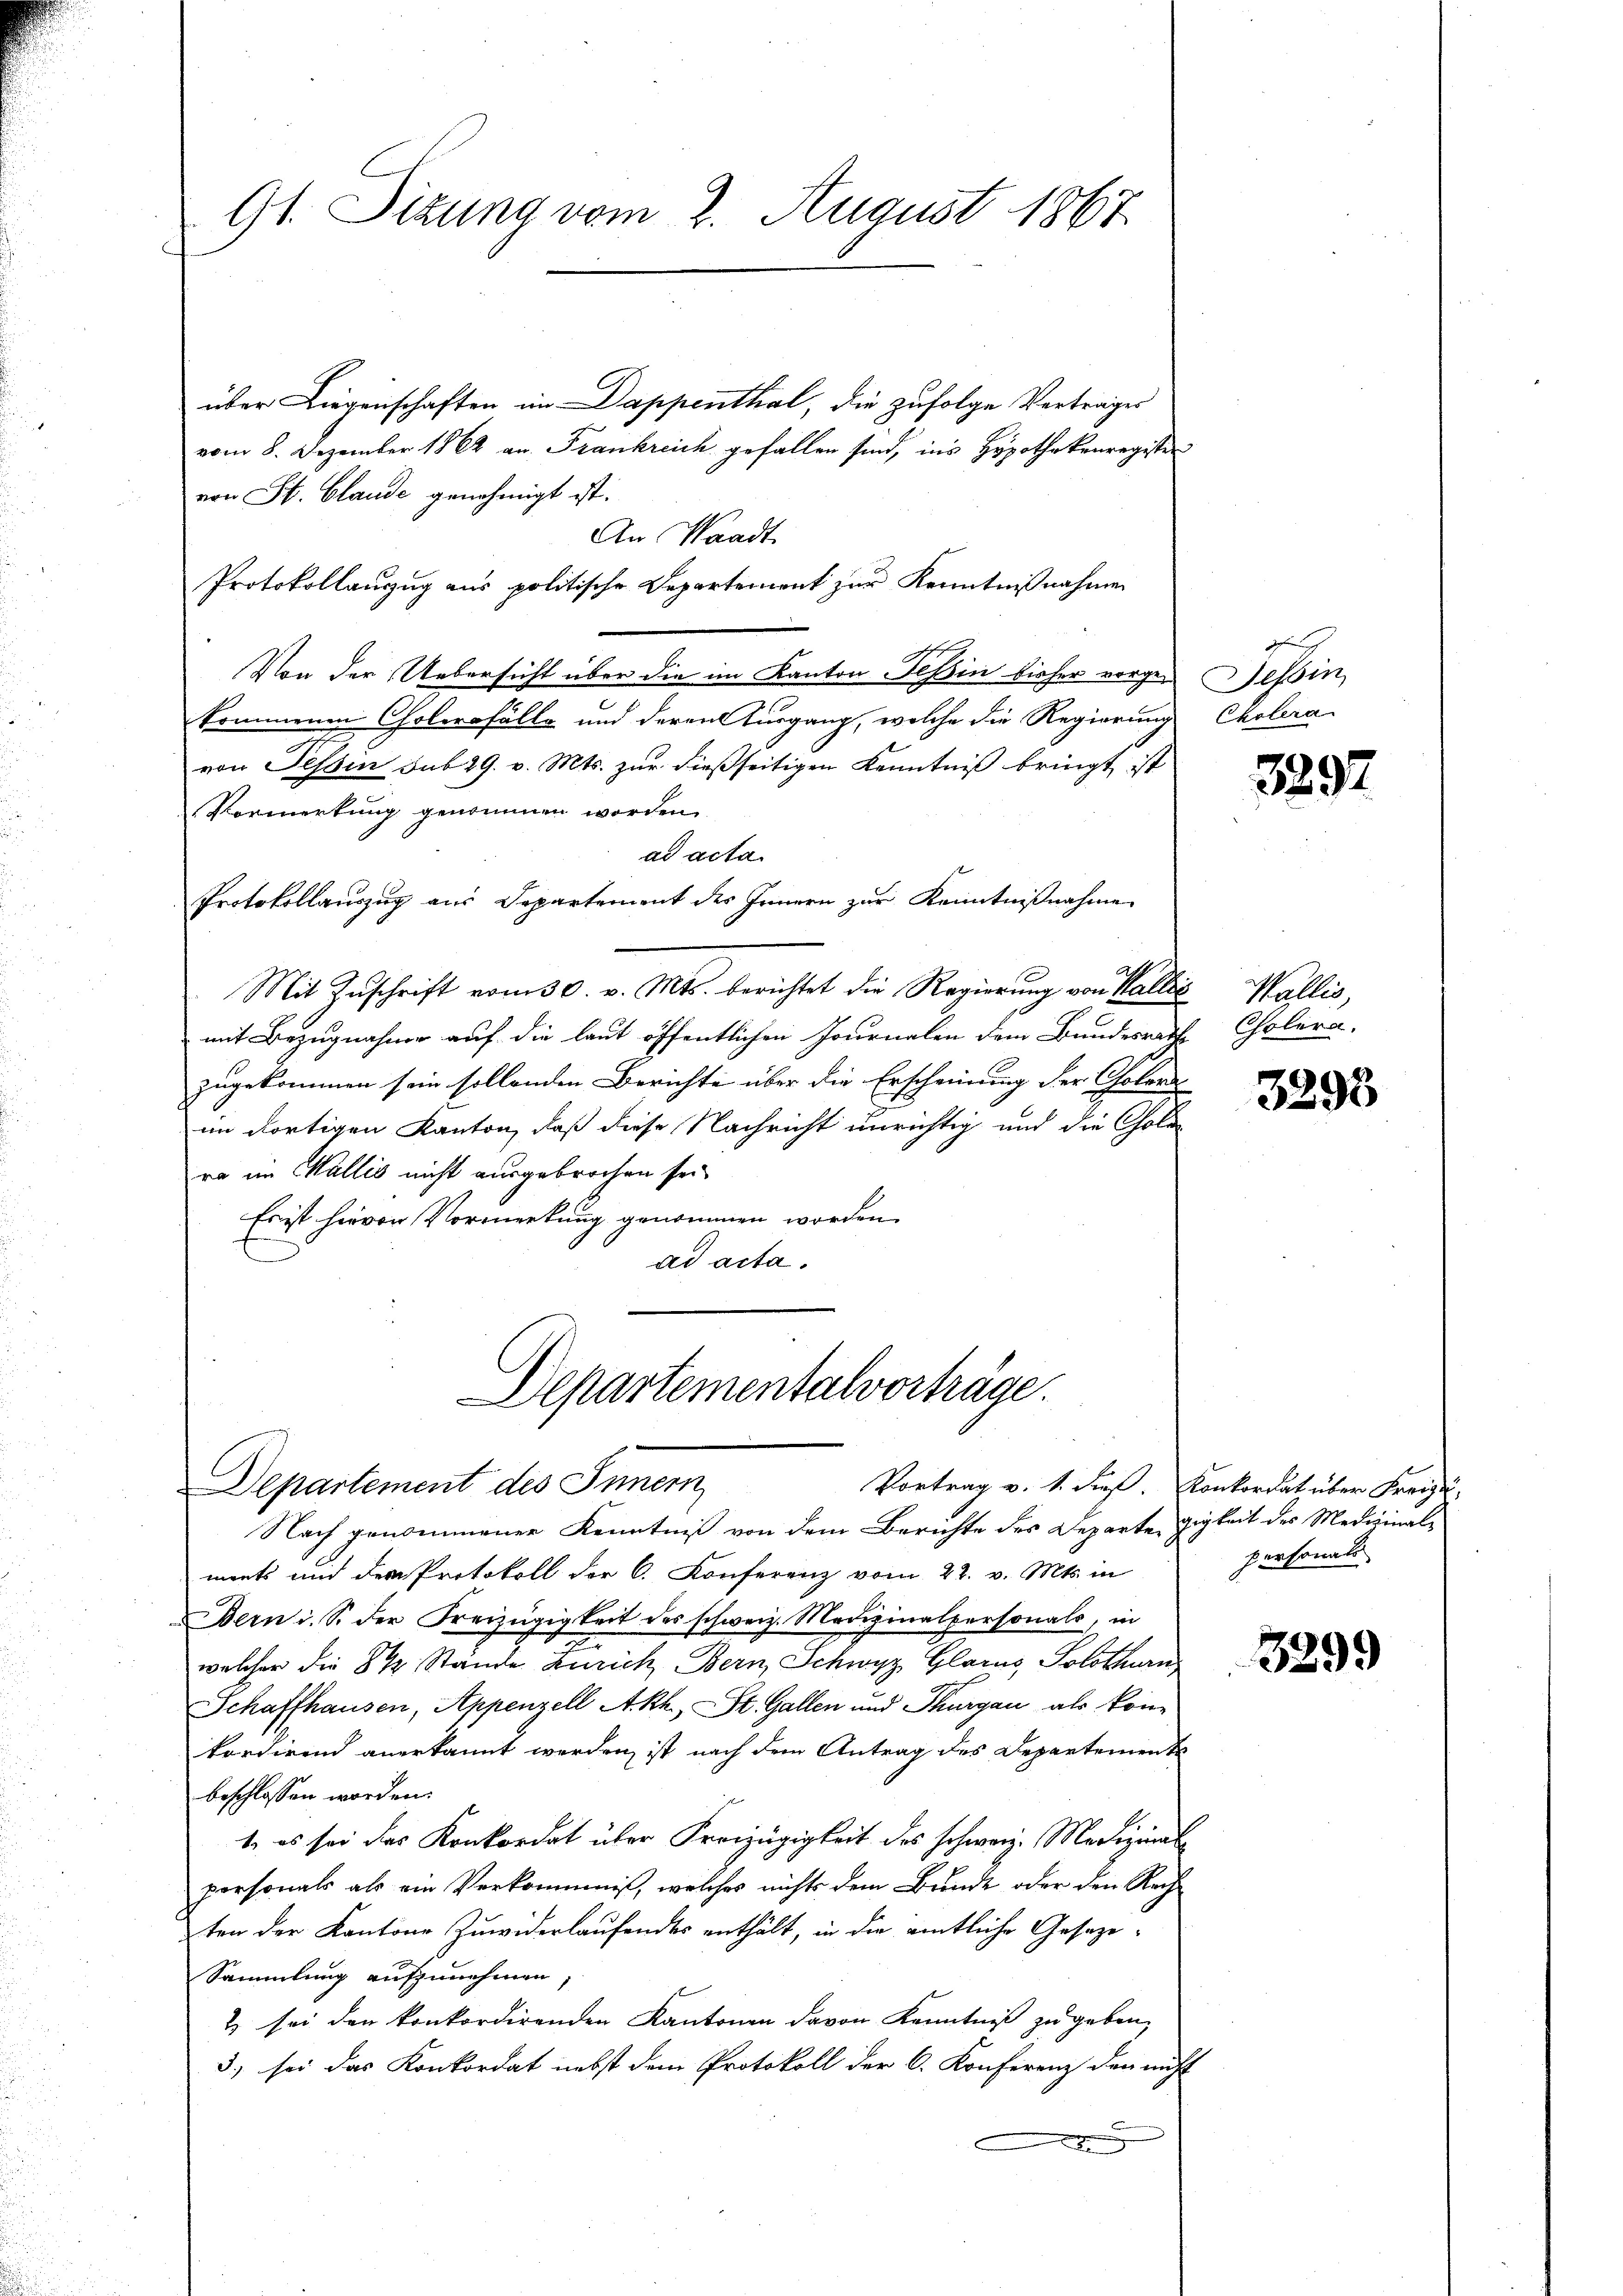
G1. Sizung vom 2. August 1867

über Liegenschaften im Dappenthal, die zufolge Vertrages
vom 8. Dezember 1862 an Frankreich gefallen sind, ins Hypothekenregister
von St. Claude genehmigt ist.
An Standt
Protokollauszug aus politische Departement zur Kenntnißnahmen
Von der Uebersicht über die im Kanton Teßin bisher vorgen Tessin,
kommenen Cholerfälle und deren Turgang, welche die Regierung Cholera
von Tessin sub 29. v. Mts. zur dießseitigen Kenntniß bringt ist
Vormerkung genommen worden
dd acta
Protokollauszug aus Departement des Innern zur Kenntnißnahme
Mit Zŭschrift vom 30. v. Mts. berichtet die Regierung von Wallis Wallis,
mit Bezugnahme auf die laut öffentlichen Journalen dem Bundesrath
zugekommen sein sollenden Berichte über die Erscheinung der Cholen
im dortigen Kanton, daß diese Nachricht unrichtig und die Chole
ra im Wallis nicht ausgebrochen sei.
Es ist hievon Vormerkung genommen worden.
ad acta.

Departementalvorträge.
Departement des Innern

Vortrag v. 1. dieß. Konkordat über Frei-

d

Nach genommener Kenntniß von dem Berichte des Departe gigkeit des Medizinalments und der Protokoll der C. Konferenz vom 22. v. Mts. in
Bern i. S. der Freizügigkeit des schweiz. Medizinalpersonals, in
welcher die 8 ½ Stände Zürich Bern, Schwyz, Glarus, Solothurn
Schaffhausen, Appenzell Akh., St. Gallen und Thurgau als könn
kordirend anerkannt werden ist nach dem Antrag des Departement
beschlossen worden.
1. es sei des Konkordat über Freizügigkeit des schweiz. Medizinalpersonals als ein Verkommnis, welches nichts dem Bunde oder den Rech
ten der Kantone Zuwiderlaufendes enthält, in der amtliche Geseze-
Sammlung aufzunehmen,
2 sei den konkordirenden Kantonen davon Kenntniß zu geben,
3) sei das Konkordat nebst dem Protokoll der C. Konferenz den nicht

3892

Cholera.

3293

personals

3299